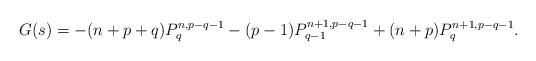
LaTeX: \begin{align*}G(s)=-(n+p+q)P_q^{n,p-q-1}-(p-1)P_{q-1}^{n+1,p-q-1}+(n+p)P_q^{n+1,p-q-1}.\end{align*}